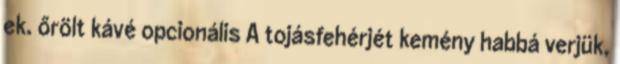
ek. őrölt kávé opcionális A tojásfehérjét kemény habbá verjük,